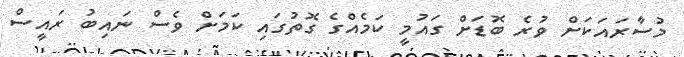
މުސާރައަކަށް ވުރެ ބޮޑަށް ގައުމީ ކަމެއްގެ ގޮތުގައި ކަމަށް ވެސް ނައިބު ރައީސް